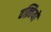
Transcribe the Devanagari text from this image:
वक़्तियों